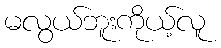
မလွယ်ဘူးကိုယ့်လူ